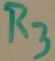
Text: R3